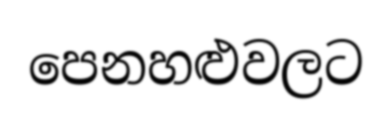
පෙනහළුවලට